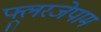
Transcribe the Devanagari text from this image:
फ्लूरजेपाम